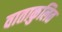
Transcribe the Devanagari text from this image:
वाताकुलित